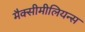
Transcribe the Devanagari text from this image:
मैक्सीमीलियन्स